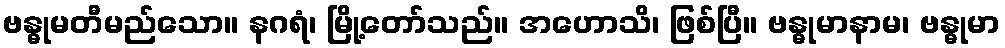
ဗန္ဓုမတီမည်သော။ နဂရံ၊ မြို့တော်သည်။ အဟောသိ၊ ဖြစ်ပြီ။ ဗန္ဓုမာနာမ၊ ဗန္ဓုမာ